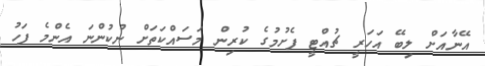
އޭނާއަށް ލިބޭ އަހަރީ ޗުއްޓީ ފެށުމުގެ ކުރިން މަސައްކަތަށް ނުކުންނަ އެންމެ ފަހު